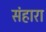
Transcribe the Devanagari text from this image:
संहारा